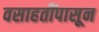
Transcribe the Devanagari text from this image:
वसाहतींपासून